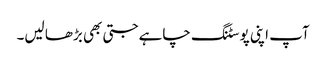
آپ اپنی پوسٹنگ چاہے جتی بھی بڑھا لیں۔